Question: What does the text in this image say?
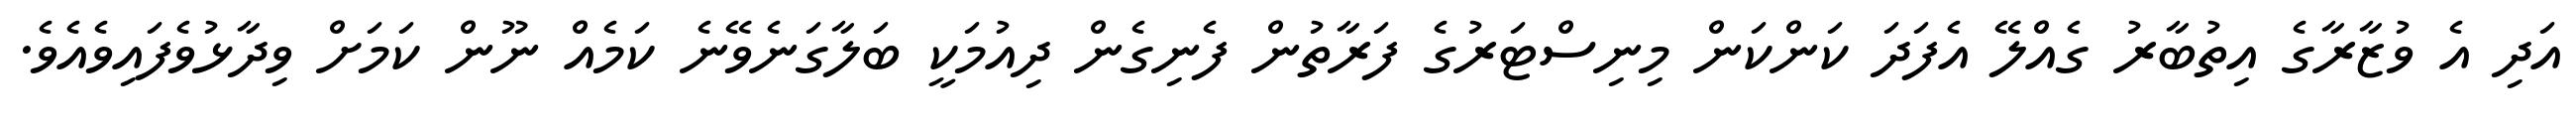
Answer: އަދި އެ ވުޒާރާގެ އިތުބާރު ގެއްލޭ އެފަދަ ކަންކަން މިނިސްޓަރުގެ ފަރާތުން ފެނިގެން ދިއުމަކީ ބަލާގަނެވޭނެ ކަމެއް ނޫން ކަމަށް ވިދާޅުވެފައިވެއެވެ.